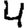
Digit: 4